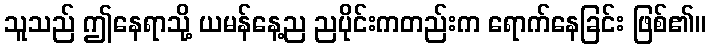
သူသည် ဤနေရာသို့ ယမန်နေ့ည ညပိုင်းကတည်းက ရောက်နေခြင်း ဖြစ်၏။